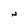
Character: N